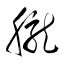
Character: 朧